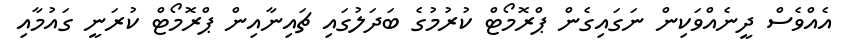
އެއްވެސް ދީނެއްވަކިން ނަގައިގެން ޕްރޮމޯޓް ކުރުމުގެ ބަދަލުގައި ޗައިނާއިން ޕްރޮމޯޓް ކުރަނީ ގައުމާއި